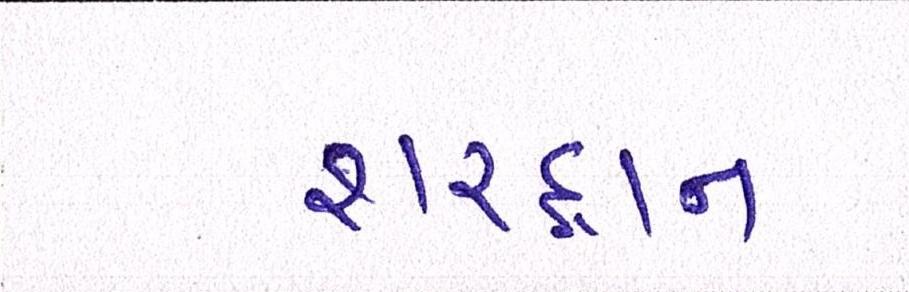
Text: શરદ્વાન